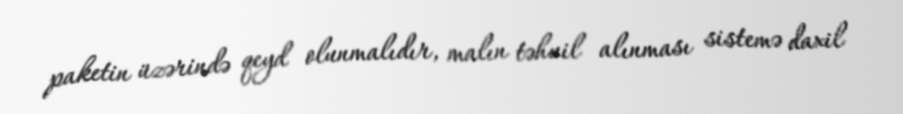
paketin üzərində qeyd olunmalıdır, malın təhvil alınması sistemə daxil